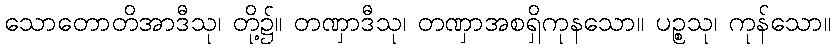
သောတောတိအာဒီသု၊ တို့၌။ တဏှာဒီသု၊ တဏှာအစရှိကုနသော။ ပဉ္စသု၊ ကုန်သော။